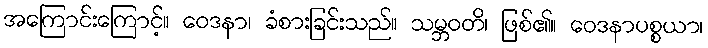
အကြောင်းကြောင့်။ ဝေဒနာ၊ ခံစားခြင်းသည်။ သမ္ဘဝတိ၊ ဖြစ်၏။ ဝေဒနာပစ္စယာ၊